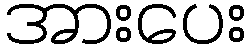
အားပေး